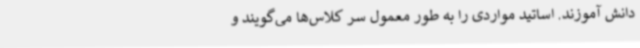
دانش آموزند. اساتید مواردی را به طور معمول سر کلاس‌ها می‌گویند و